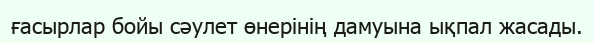
ғасырлар бойы сәулет өнерінің дамуына ықпал жасады.